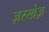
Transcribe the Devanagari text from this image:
ज़रखेज़